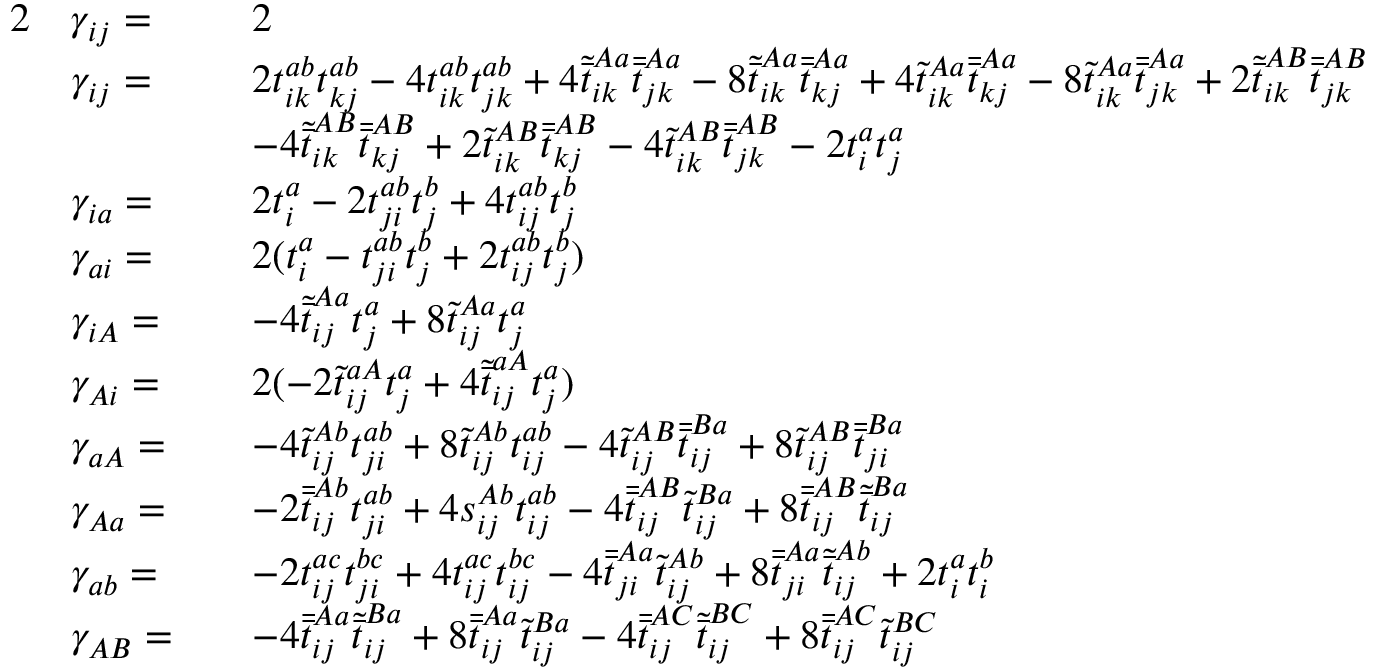
\begin{array} { r l r l } { { 2 } } & { \gamma _ { i j } = } & & { 2 } \\ & { \gamma _ { i j } = } & & { 2 t _ { i k } ^ { a b } t _ { k j } ^ { a b } - 4 t _ { i k } ^ { a b } t _ { j k } ^ { a b } + 4 \tilde { \bar { t } } _ { i k } ^ { A a } \bar { \bar { t } } _ { j k } ^ { A a } - 8 \tilde { \bar { t } } _ { i k } ^ { A a } \bar { \bar { t } } _ { k j } ^ { A a } + 4 \tilde { t } _ { i k } ^ { A a } \bar { \bar { t } } _ { k j } ^ { A a } - 8 \tilde { t } _ { i k } ^ { A a } \bar { \bar { t } } _ { j k } ^ { A a } + 2 \tilde { \bar { t } } _ { i k } ^ { A B } \bar { \bar { t } } _ { j k } ^ { A B } } \\ & { } & & { - 4 \tilde { \bar { t } } _ { i k } ^ { A B } \bar { \bar { t } } _ { k j } ^ { A B } + 2 \tilde { t } _ { i k } ^ { A B } \bar { \bar { t } } _ { k j } ^ { A B } - 4 \tilde { t } _ { i k } ^ { A B } \bar { \bar { t } } _ { j k } ^ { A B } - 2 t _ { i } ^ { a } t _ { j } ^ { a } } \\ & { \gamma _ { i a } = } & & { 2 t _ { i } ^ { a } - 2 t _ { j i } ^ { a b } t _ { j } ^ { b } + 4 t _ { i j } ^ { a b } t _ { j } ^ { b } } \\ & { \gamma _ { a i } = } & & { 2 ( t _ { i } ^ { a } - t _ { j i } ^ { a b } t _ { j } ^ { b } + 2 t _ { i j } ^ { a b } t _ { j } ^ { b } ) } \\ & { \gamma _ { i A } = } & & { - 4 \tilde { \bar { t } } _ { i j } ^ { A a } t _ { j } ^ { a } + 8 \tilde { t } _ { i j } ^ { A a } t _ { j } ^ { a } } \\ & { \gamma _ { A i } = } & & { 2 ( - 2 \tilde { t } _ { i j } ^ { a A } t _ { j } ^ { a } + 4 \tilde { \bar { t } } _ { i j } ^ { a A } t _ { j } ^ { a } ) } \\ & { \gamma _ { a A } = } & & { - 4 \tilde { t } _ { i j } ^ { A b } t _ { j i } ^ { a b } + 8 \tilde { t } _ { i j } ^ { A b } t _ { i j } ^ { a b } - 4 \tilde { t } _ { i j } ^ { A B } \bar { \bar { t } } _ { i j } ^ { B a } + 8 \tilde { t } _ { i j } ^ { A B } \bar { \bar { t } } _ { j i } ^ { B a } } \\ & { \gamma _ { A a } = } & & { - 2 \bar { \bar { t } } _ { i j } ^ { A b } t _ { j i } ^ { a b } + 4 s _ { i j } ^ { A b } t _ { i j } ^ { a b } - 4 \bar { \bar { t } } _ { i j } ^ { A B } \tilde { t } _ { i j } ^ { B a } + 8 \bar { \bar { t } } _ { i j } ^ { A B } \tilde { \bar { t } } _ { i j } ^ { B a } } \\ & { \gamma _ { a b } = } & & { - 2 t _ { i j } ^ { a c } t _ { j i } ^ { b c } + 4 t _ { i j } ^ { a c } t _ { i j } ^ { b c } - 4 \bar { \bar { t } } _ { j i } ^ { A a } \tilde { t } _ { i j } ^ { A b } + 8 \bar { \bar { t } } _ { j i } ^ { A a } \tilde { \bar { t } } _ { i j } ^ { A b } + 2 t _ { i } ^ { a } t _ { i } ^ { b } } \\ & { \gamma _ { A B } = } & & { - 4 \bar { \bar { t } } _ { i j } ^ { A a } \tilde { \bar { t } } _ { i j } ^ { B a } + 8 \bar { \bar { t } } _ { i j } ^ { A a } \tilde { t } _ { i j } ^ { B a } - 4 \bar { \bar { t } } _ { i j } ^ { A C } \tilde { \bar { t } } _ { i j } ^ { B C } + 8 \bar { \bar { t } } _ { i j } ^ { A C } \tilde { t } _ { i j } ^ { B C } } \end{array}